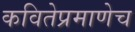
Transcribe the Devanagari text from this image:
कवितेप्रमाणेच